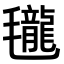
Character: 𣰵